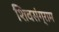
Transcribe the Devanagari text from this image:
शिवसंग्राम